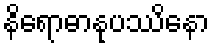
နိရောဓာနုပဿိနော